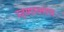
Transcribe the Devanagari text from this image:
म्हणालाय